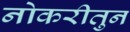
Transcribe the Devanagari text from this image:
नोकरीतुन